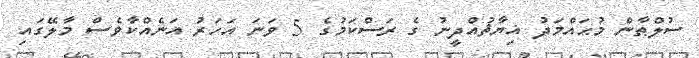
ސުލްޠާން މުޙައްމަދު ޣިޔާޘުއްދީނު ގެ ރަސްކަމުގެ 5 ވަނަ އަހަރު އަނެއްކާވެސް މާލޭގައި